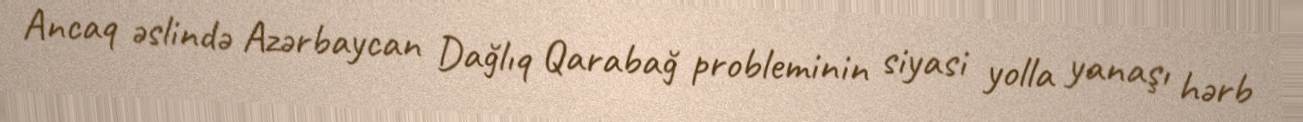
Ancaq əslində Azərbaycan Dağlıq Qarabağ probleminin siyasi yolla yanaşı hərb